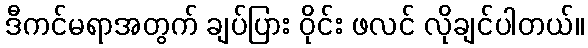
ဒီကင်မရာအတွက် ချပ်ပြား ဝိုင်း ဖလင် လိုချင်ပါတယ်။